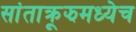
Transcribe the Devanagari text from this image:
सांताक्रूझमध्येच